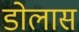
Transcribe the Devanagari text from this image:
डोलास